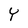
Character: Y